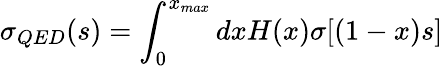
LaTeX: \sigma_{QED}(s)=\int_{0}^{x_{max}}dxH(x)\sigma[(1-x)s]